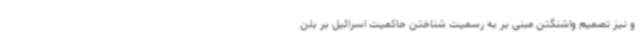
و نیز تصمیم واشنگتن مبنی بر به رسمیت شناختن حاکمیت اسرائیل بر بلن